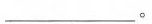
___。